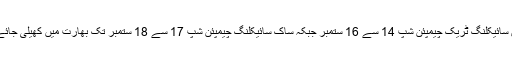
ایشیئن سائیکلنگ ٹریک چیمپئن شپ 14 سے 16 ستمبر جبکہ ساک سائیکلنگ چیمپئن شپ 17 سے 18 ستمبر تک بھارت میں کھیلی جائے گی۔